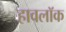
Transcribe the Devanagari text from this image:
हावलॉक